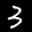
Label: 3